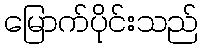
မြောက်ပိုင်းသည်